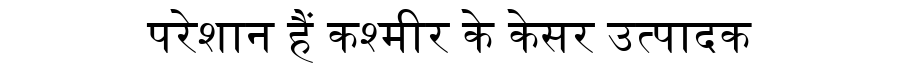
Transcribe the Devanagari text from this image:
परेशान हैं कश्मीर के केसर उत्पादक